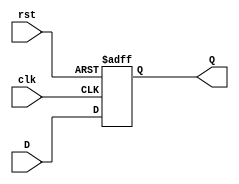
module DFlipFlop_NEW
 (input clk, input rst, input D, output reg Q);
 always @ (posedge clk or posedge rst)
 if (rst) begin
 Q <= 1'b0;
 end else begin
 Q <= D;
 end
endmodule